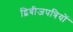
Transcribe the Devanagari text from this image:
द्विबीजपत्रियों